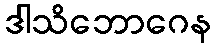
ဒါသိဘောဂေန